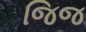
જિજ